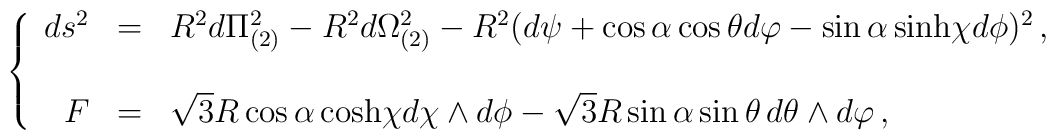
\left\{  \begin{array}{rcl}ds^{2} & = & R^{2}d\Pi_{(2)}^{2} -R^{2}d\Omega_{(2)}^{2}-R^{2}(d\psi +\cos{\alpha} \cos{\theta} d\varphi -\sin{\alpha}\, {\rm sinh} \chi d\phi)^{2}\, ,\\& & \\F & = & \sqrt{3}R\cos{\alpha}\, {\rm cosh} \chi d\chi\wedge d\phi-\sqrt{3}R\sin{\alpha}\sin{\theta}\, d\theta\wedge d\varphi\, ,\\  \end{array}\right.